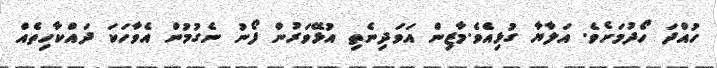
ހުއްދަ ހޯދުމަށެވެ. އަލާޔާ ގުޅިއެވެ.މާޒިން އަވަދިނެތި އުޅޭވަރުން ފޯނު ނެގުމުން އެވާހަކަ ދައްކާހިތެއް